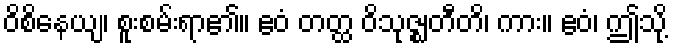
ဝိစိနေယျ၊ စူးစမ်းရာ၏။ ဧဝံ တတ္ထ ဝိသုဇ္ဈတီတိ၊ ကား။ ဧဝံ၊ ဤသို့